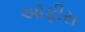
અૉફીસ